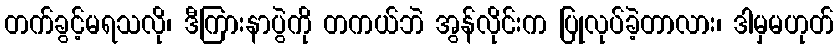
တက်ခွင့်မရသလို၊ ဒီကြားနာပွဲကို တကယ်ဘဲ အွန်လိုင်းက ပြုလုပ်ခဲ့တာလား၊ ဒါမှမဟုတ်